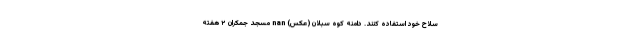
سلاح خود استفاده کنند. دامنه کوه سبلان (عکس) nan مسجد جمکران ۲ هفته